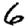
Digit: 6